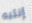
إنتبه